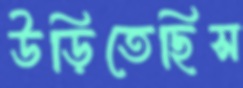
উড়িতেছিস